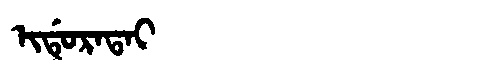
Manchu: ᡳᡩᡠᡵᠠᡨᠠᡳ
Romanization: IDURATAI